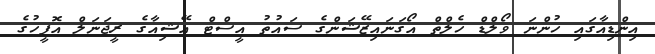
އިންޑިއާގައި ހުންނަ ވޯލްޑް ހެލްތް އޯގަނައިޒޭޝަންގެ ސައުތު އީސްޓް އޭޝިއާގެ ރީޖަނަލް އޮފީހުގެ